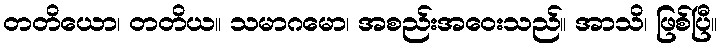
တတိယော၊ တတိယ။ သမာဂမော၊ အစည်းအဝေးသည်။ အာသိ၊ ဖြစ်ပြီ။